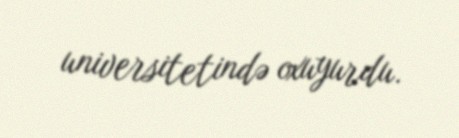
universitetində oxuyurdu.